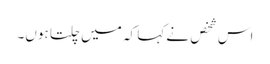
اس شخص نے کہا کہ میں چلتا ہوں۔